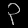
Digit: ၃